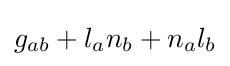
g_{ab}+l_{a}n_{b}+n_{a}l_{b}